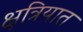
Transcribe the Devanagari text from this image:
क्षत्रियात